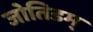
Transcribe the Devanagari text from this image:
जोतिडम्